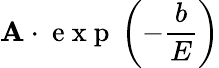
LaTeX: \mathbf{A}\cdot\mathrm{{~e~x~p~}}\left(-\frac{{b}}{{E}}\right)